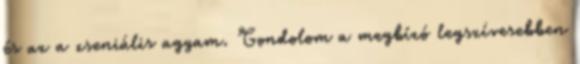
és az a zseniális agyam. Gondolom a megbízó legszívesebben